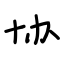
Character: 协